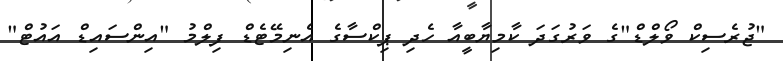
"ޖުރެސިކް ވޯލްޑް"ގެ ވަރުގަދަ ކާމިޔާބީއާ ހެދި ޕިކްސާގެ އެނިމޭޓެޑް ފިލްމު "އިންސައިޑް އައުޓް"